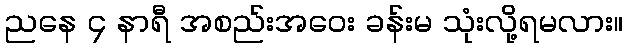
ညနေ ၄ နာရီ အစည်းအဝေး ခန်းမ သုံးလို့ရမလား။